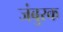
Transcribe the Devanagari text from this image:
जंबुरक